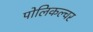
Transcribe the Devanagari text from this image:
पोलिकल्चर